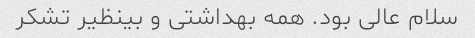
سلام عالی بود. همه بهداشتی و بینظیر تشکر